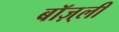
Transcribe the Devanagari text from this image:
बॉज़्ली